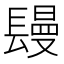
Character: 𨲩